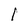
Character: I